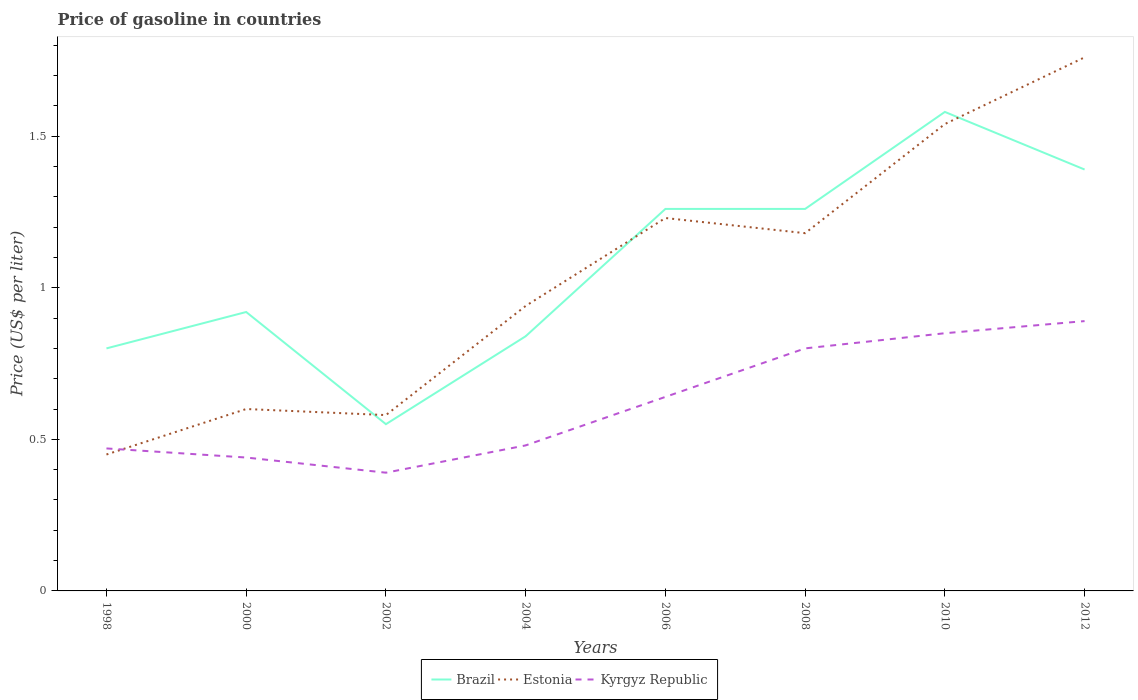
| Years | Brazil | Estonia | Kyrgyz Republic |
 | --- | --- | --- | --- |
 | 1998 | 0.8 | 0.45 | 0.47 |
 | 2000 | 0.92 | 0.6 | 0.44 |
 | 2002 | 0.55 | 0.58 | 0.39 |
 | 2004 | 0.84 | 0.94 | 0.48 |
 | 2006 | 1.26 | 1.23 | 0.64 |
 | 2008 | 1.26 | 1.18 | 0.8 |
 | 2010 | 1.58 | 1.54 | 0.85 |
 | 2012 | 1.39 | 1.76 | 0.89 |